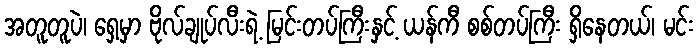
အတူတူပဲ၊ ရှေ့မှာ ဗိုလ်ချုပ်လီးရဲ့ မြင်းတပ်ကြီးနှင့် ယန်ကီ စစ်တပ်ကြီး ရှိနေတယ်၊ မင်း